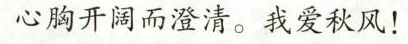
心胸开阔而澄清。我爱秋风！